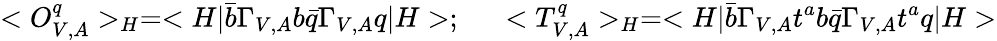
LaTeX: <O_{V,A}^{q}>_{H}=<H|\bar{b}\Gamma_{V,A}b\bar{q}\Gamma_{V,A}q|H>;~~~~~<T_{V,A}^{q}>_{H}=<H|\bar{b}\Gamma_{V,A}t^{a}b\bar{q}\Gamma_{V,A}t^{a}q|H>